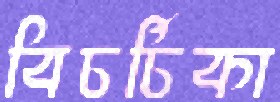
বিচর্চিকা